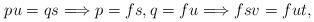
LaTeX: \begin{align*}pu=qs \Longrightarrow p=fs, q=fu \Longrightarrow fsv=fut,\end{align*}